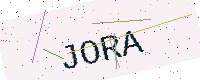
Text: JORA